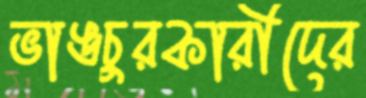
ভাঙচুরকারীদের